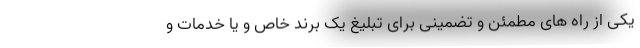
یکی از راه های مطمئن و تضمینی برای تبلیغ یک برند خاص و یا خدمات و